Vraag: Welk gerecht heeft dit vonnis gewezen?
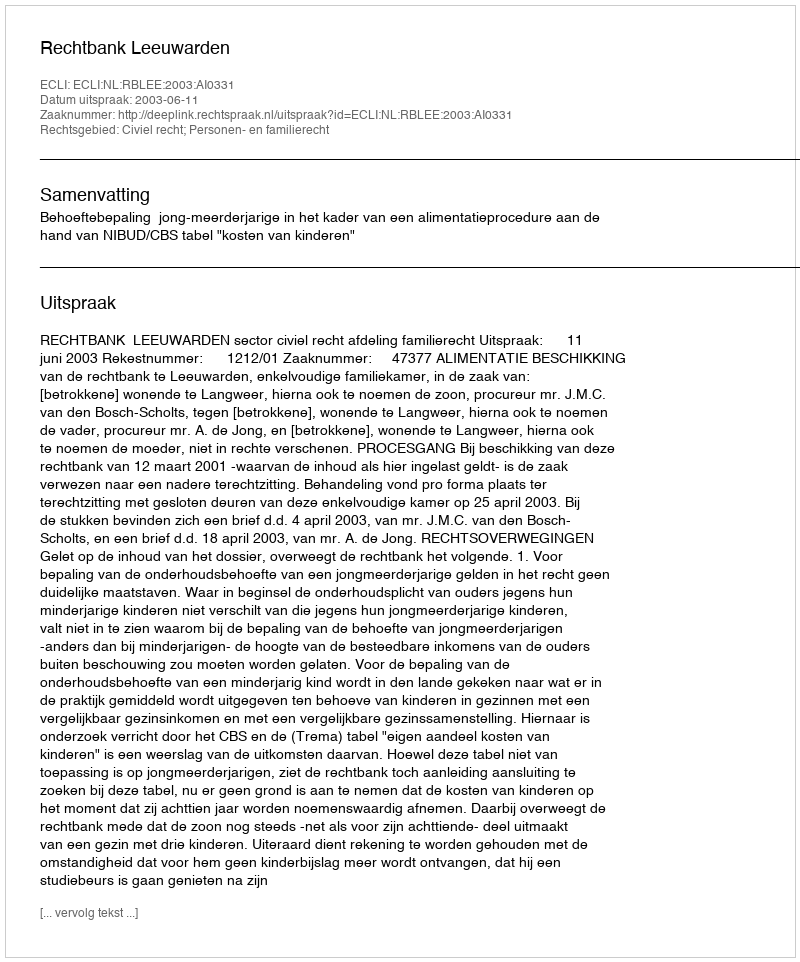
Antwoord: Rechtbank Leeuwarden